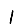
Digit: 1